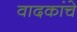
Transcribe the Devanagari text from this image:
वादकांचे